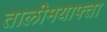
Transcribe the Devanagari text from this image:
तालीमयाफ्ता